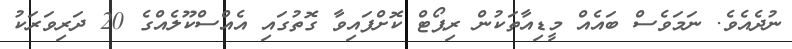
ނުދެއެވެ. ނަމަވެސް ބައެއް މީޑިއާތަކުން ރިޕޯޓް ކޮށްފައިވާ ގޮތުގައި އެއްސްކޫލެއްގެ 20 ދަރިވަރަކު